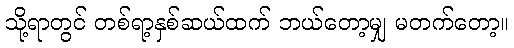
သို့ရာတွင် တစ်ရာ့နှစ်ဆယ်ထက် ဘယ်တော့မျှ မတက်တော့။